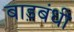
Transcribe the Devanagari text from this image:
बाड़बंधी